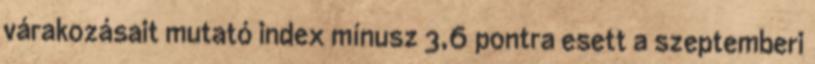
várakozásait mutató index mínusz 3,6 pontra esett a szeptemberi